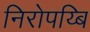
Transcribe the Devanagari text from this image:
निरोपय्बि